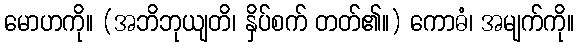
မောဟကို။ (အဘိဘုယျတိ၊ နှိပ်စက် တတ်၏။) ကောဓံ၊ အမျက်ကို။